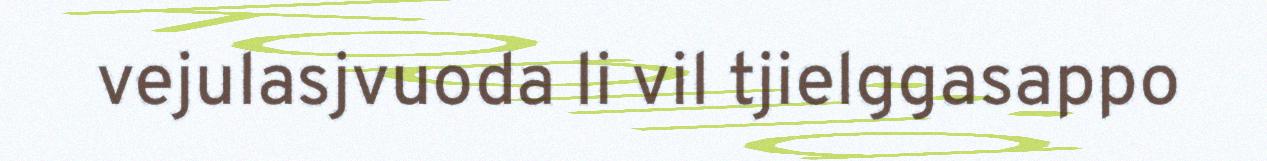
vejulasjvuoda li vil tjielggasappo